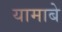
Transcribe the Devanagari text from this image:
यामाबे